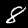
Label: 8